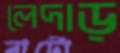
লেদাড়